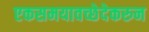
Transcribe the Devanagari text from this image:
एकसमयावच्छेदेकरुन